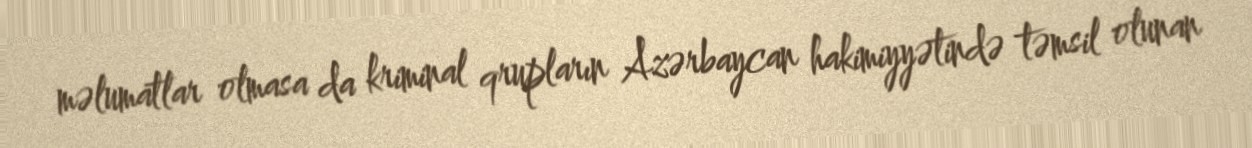
məlumatlar olmasa da kriminal qrupların Azərbaycan hakimiyyətində təmsil olunan